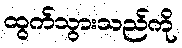
ထွက်သွားသည်ကို